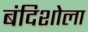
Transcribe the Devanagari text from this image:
बंदिशोला